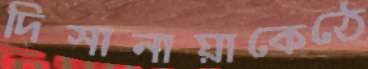
দিসানায়াকেঠে